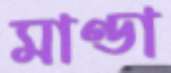
মাণ্ডা